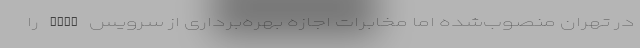
در تهران منصوب‌شده اما مخابرات اجازه بهره‌برداری از سرویس VDSL را